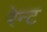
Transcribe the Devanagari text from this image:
रेन्ट